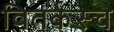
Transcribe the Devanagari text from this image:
वितर्कस्च